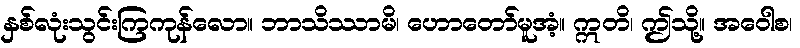
နှစ်လုံးသွင်းကြကုန်လော။ ဘာသိဿာမိ၊ ဟောတော်မူအံ့။ ဣတိ၊ ဤသို့။ အဝေါစ၊